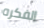
الفكره